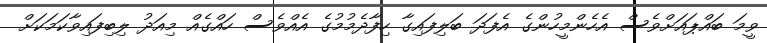
ވީމަ ބައްޕައަށްވެސް އެހެންމީހުންގެ އެފަދަ ބަލިފައިގާ ހިފާދެމުމުގެ އެއްވެސް ހައްގެއް މިއަދު ލިބިފައިވާކަމަކަށް